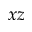
x z